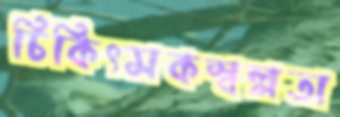
চিকিৎসকস্বল্পতা